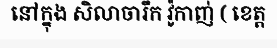
នៅក្នុង សិលាចារឹក វ៉ូកាញ់ ( ខេត្ត